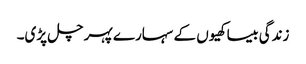
زندگی بیساکھیوں کے سہارے پہر چل پڑی۔